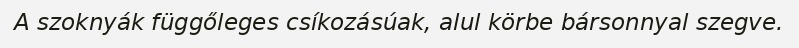
A szoknyák függőleges csíkozásúak, alul körbe bársonnyal szegve.